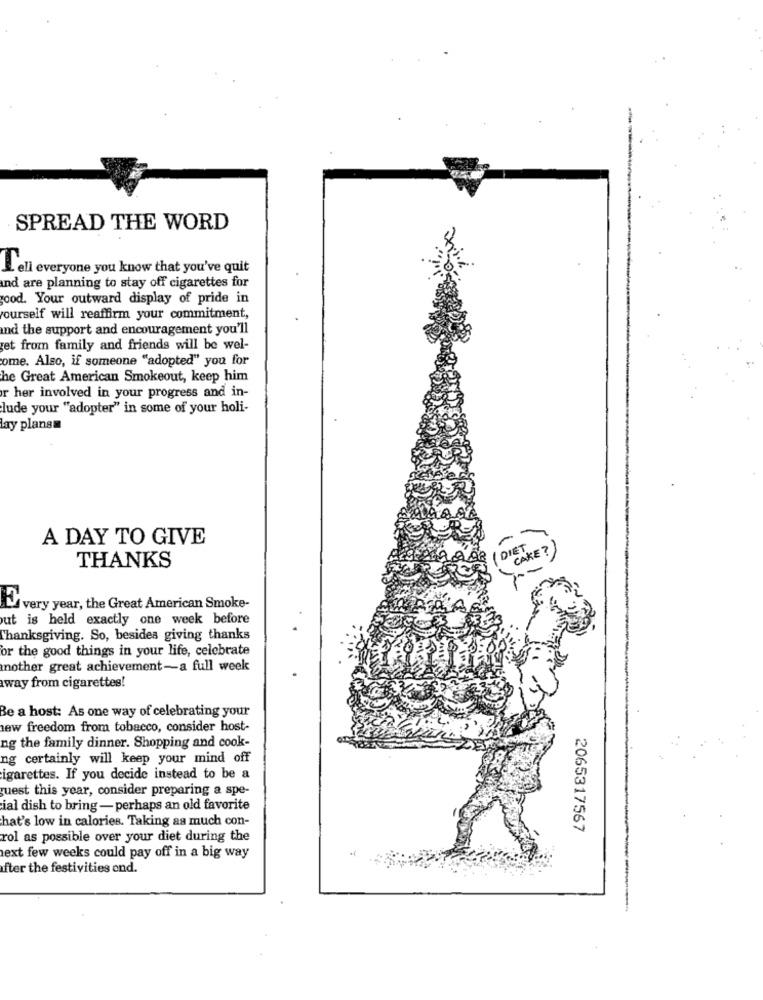
SPREAD THE WORD
L'ell everyone you know that you've quit
nd are planning to stay off cigarettes for
good. Your outward display of pride in
ourself will reaffirm your commitment,
and the support and encouragement you'll
get from family and friends will be wel-
ome. Also, if someone "adopted" you for
he Great American Smokeout, keep him
r her involved in your progress and in-
lude your "adopter" in some of your holi-
lay plansm
A DAY TO GIVE
DIET
CAKE ?
THANKS
Every year, the Great American Smoke-
ut is held exactly one week before
Thanksgiving. So, besides giving thanks
or the good things in your life, celebrate
another great achievement-a full week
away from cigarettes!
Be a host: As one way of celebrating your
new freedom from tobacco, consider host-
ng the family dinner. Shopping and cook-
ng certainly will keep your mind off
igarettes. If you decide instead to be a
guest this year, consider preparing a spe-
ial dish to bring - perhaps an old favorite
hat's low in calories. Taking as much con-
2065317567
rol as possible over your diet during the
next few weeks could pay off in a big way
fter the festivities end.